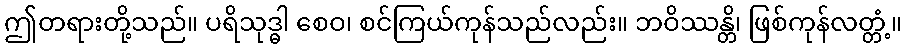
ဤတရားတို့သည်။ ပရိသုဒ္ဓါ စေဝ၊ စင်ကြယ်ကုန်သည်လည်း။ ဘဝိဿန္တိ၊ ဖြစ်ကုန်လတ္တံ့။